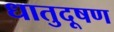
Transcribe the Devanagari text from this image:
धातुदूषण